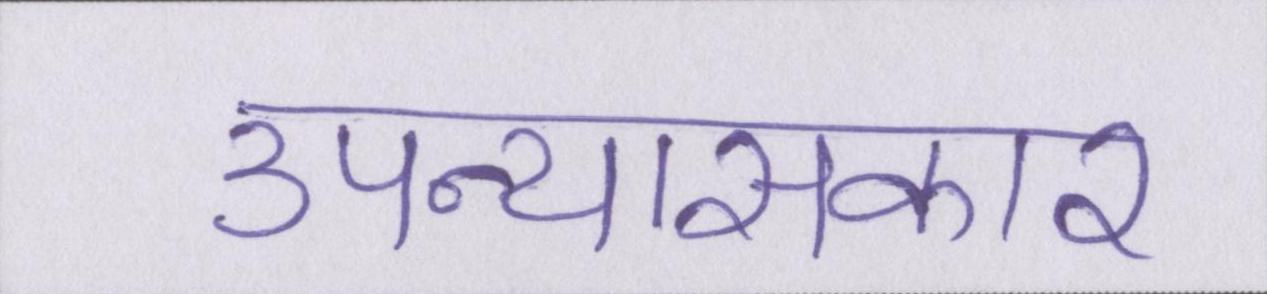
उपन्यासकार